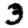
Digit: 3